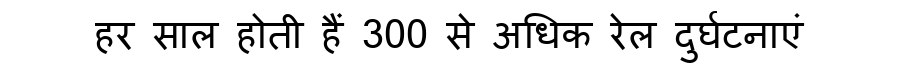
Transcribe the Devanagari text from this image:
हर साल होती हैं 300 से अधिक रेल दुर्घटनाएं